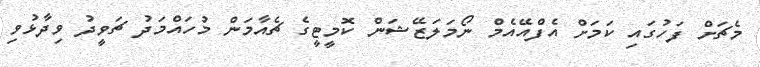
މެޗަށް ފަހުގައި ކަމަށް އެފްއޭއެމް ނޯމަލަޒޭޝަން ކޮމީޓީގެ ޗެއާމަން މުހައްމަދު ޗަވީދު ވިދާޅުވި